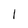
Character: 1